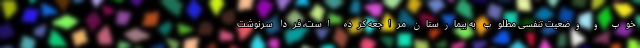
خوب و وضعیت تنفسی مطلوب به بیمارستان مراجعه کرده است، فردا سرنوشت